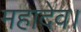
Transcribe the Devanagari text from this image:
महादेव।